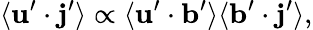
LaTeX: \langle{{\mathbf{u}}^{\prime}\cdot{\mathbf{j}}^{\prime}}\rangle\propto\langle{{\mathbf{u}}^{\prime}\cdot{\mathbf{b}}^{\prime}}\rangle\langle{{\mathbf{b}}^{\prime}\cdot{\mathbf{j}}^{\prime}}\rangle,